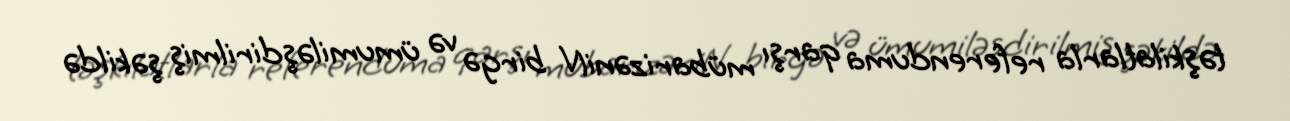
təşkilatlarla referenduma qarşı mübarizəniN birgə və ümumiləşdirilmiş şəkildə